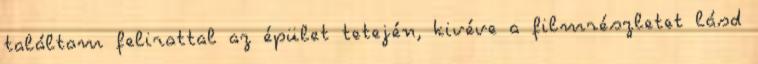
találtam felirattal az épület tetején, kivéve a filmrészletet lásd